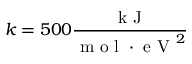
k = 5 0 0 \frac { \textrm { k J } } { \textrm { m o l } \cdot \textrm { e V } ^ { 2 } }